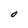
Character: O